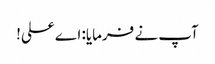
آپ نے فرمایا: اے علی!